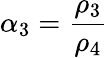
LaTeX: \alpha_{3}=\frac{\rho_{3}}{\rho_{4}}